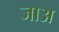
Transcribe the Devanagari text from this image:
जाअ